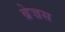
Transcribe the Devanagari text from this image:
ब्रेज्रस